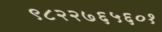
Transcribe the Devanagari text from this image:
९८२२७६५६०१